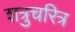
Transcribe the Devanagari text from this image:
शत्रुचरित्र